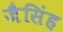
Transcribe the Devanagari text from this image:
जैसिंह